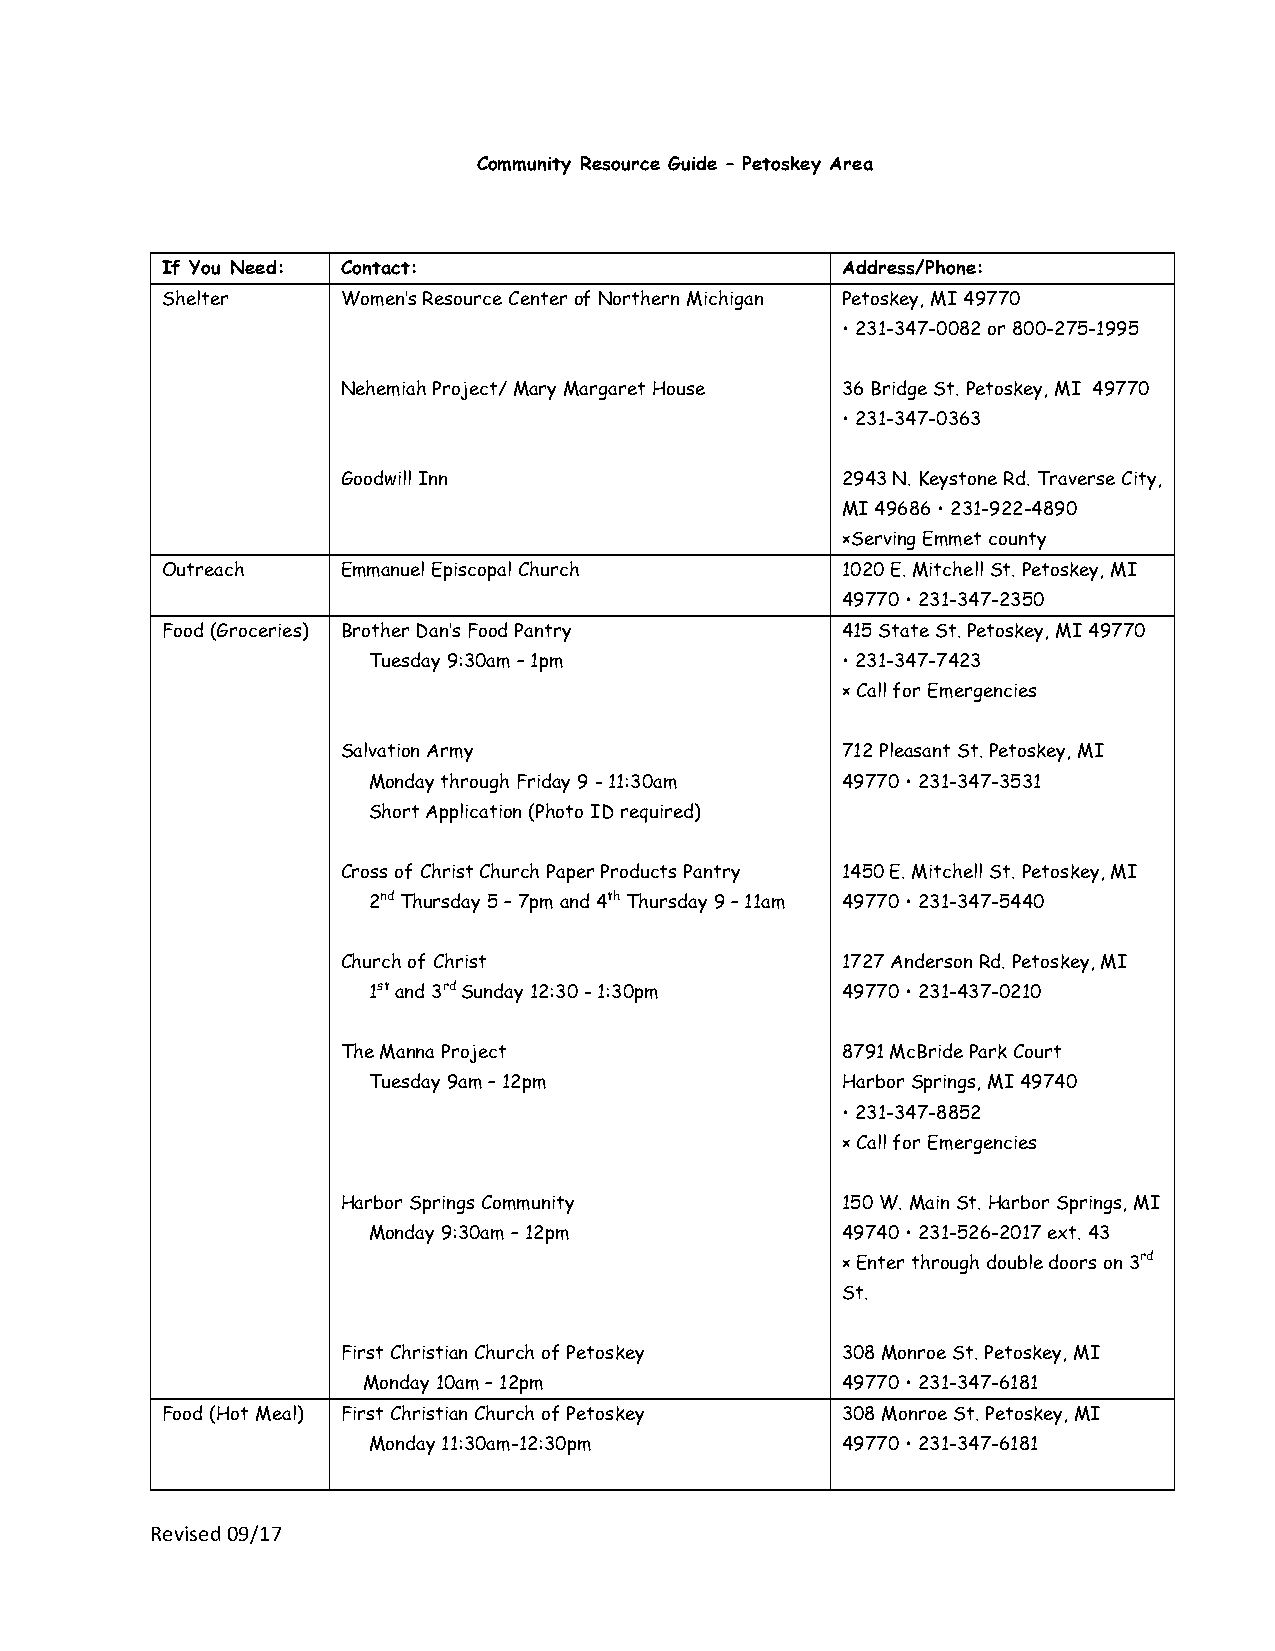
Community Resource Guide – Petoskey Area
 If You Need: Contact:                        Address/Phone:
 Shelter     Women’s Resource Center of Northern Michigan Petoskey, MI 49770
 • 231-347-0082 or 800-275-1995
 Nehemiah Project/ Mary Margaret House 36 Bridge St. Petoskey, MI 49770
 • 231-347-0363
 Goodwill Inn                     2943 N. Keystone Rd. Traverse City,
 MI 49686 • 231-922-4890
 ×Serving Emmet county
 Outreach    Emmanuel Episcopal Church        1020 E. Mitchell St. Petoskey, MI
 49770 • 231-347-2350
 Food (Groceries) Brother Dan’s Food Pantry   415 State St. Petoskey, MI 49770
 Tuesday 9:30am – 1pm            • 231-347-7423
 × Call for Emergencies
 Salvation Army                   712 Pleasant St. Petoskey, MI
 Monday through Friday 9 - 11:30am 49770 • 231-347-3531
 Short Application (Photo ID required)
 Cross of Christ Church Paper Products Pantry 1450 E. Mitchell St. Petoskey, MI
 2nd Thursday 5 – 7pm and 4th Thursday 9 – 11am 49770 • 231-347-5440
 Church of Christ                 1727 Anderson Rd. Petoskey, MI
 1st and 3rd Sunday 12:30 - 1:30pm 49770 • 231-437-0210
 The Manna Project                8791 McBride Park Court
 Tuesday 9am – 12pm              Harbor Springs, MI 49740
 • 231-347-8852
 × Call for Emergencies
 Harbor Springs Community         150 W. Main St. Harbor Springs, MI
 Monday 9:30am – 12pm            49740 • 231-526-2017 ext. 43
 × Enter through double doors on 3rd
 St.
 First Christian Church of Petoskey 308 Monroe St. Petoskey, MI
 Monday 10am – 12pm              49770 • 231-347-6181
 Food (Hot Meal) First Christian Church of Petoskey 308 Monroe St. Petoskey, MI
 Monday 11:30am-12:30pm          49770 • 231-347-6181
 Revised 09/17